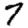
Digit: 7